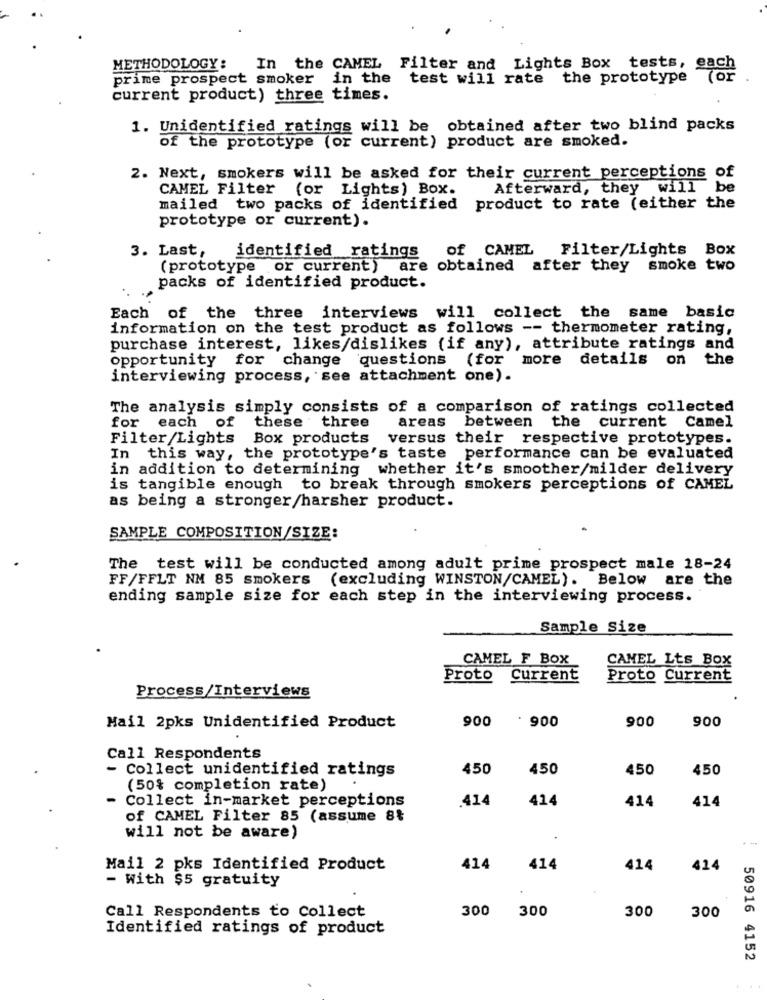
METHODOLOGY:
In the CAMEL Filter and Lights Box tests, eag
prime prospect smoker in the test will rate the prototype
current product) three times.
1. Unidentified ratings will be obtained after two blind packs
of the prototype (or current) product are smoked.
2. Next, smokers will be asked for their current perceptions of
CAMEL Filter
(or Lights) Box.
Afterward, they will be
mailed two packs of identified product to rate (either the
prototype or current).
3. Last, identified ratings
of CAMEL
Filter/Lights Box
(prototype or current) are obtained after they smoke two
packs of identified product.
Each of the three interviews will collect the same basic
information on the test product as follows -- thermometer rating,
purchase interest, likes/dislikes (if any), attribute ratings and
opportunity for change questions (for more details on the
interviewing process, see attachment one).
The analysis simply consists of a comparison of ratings collected
for each of these three
areas between the current Camel
Filter/Lights Box products
versus their respective prototypes.
In this way, the prototype's taste performance can be evaluated
in addition to determining whether it's smoother/milder delivery
is tangible enough to break through smokers perceptions of CAMEL
as being a stronger/harsher product.
SAMPLE COMPOSITION/SIZE:
The test will be conducted among adult prime prospect male 18-24
FF/FFLT NM 85 smokers (excluding WINSTON/CAMEL). Below are the
ending sample size for each step in the interviewing process.
Sample Size
CAMEL F BOX
CAMEL Lts Box
Proto Current
Proto Current
Process/Interviews
900
. 900
900
900
Mail 2pks Unidentified Product
Call Respondents
- Collect unidentified ratings
450
450
450
450
(50% completion rate)
Collect in-market perceptions
.414
414
414
414
of CAMEL Filter 85 (assume 8%
will not be aware)
.
Mail 2 pks Identified Product
414
414
414
414
- With $5 gratuity
Call Respondents to Collect
300
300
300
300
Identified ratings of product
50916 4152